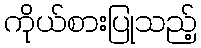
ကိုယ်စားပြုသည့်